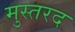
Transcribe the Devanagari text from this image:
मुस्तरद